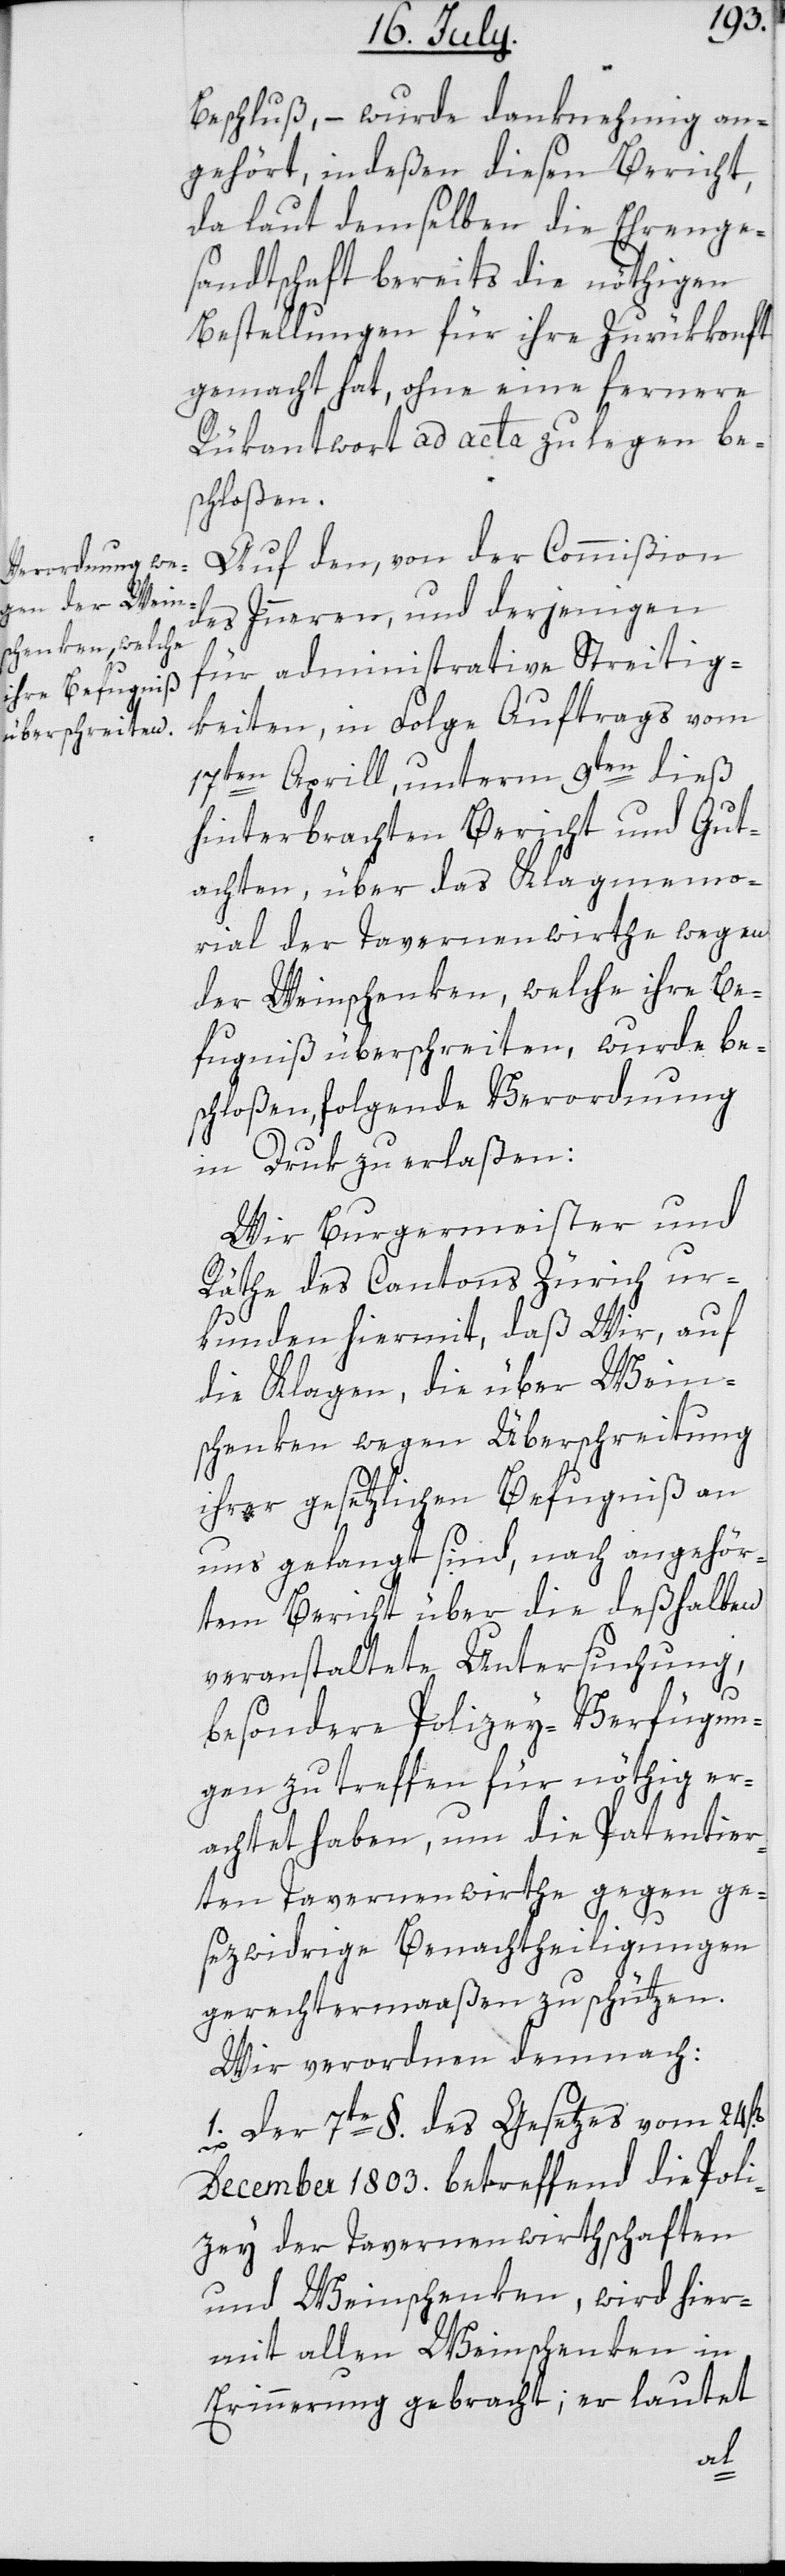
Beschluß, – wurde danknehmig an¬
gehört, indeßen diesen Bericht,
da laut demselben die Ehrenge¬
sandtschaft bereits die nöthigen
Bestellungen für ihre Zurükkonft
gemacht hat, ohne eine fernere
Rükantwort ad acta zu legen be¬
schloßen.
Auf den, von der Commißion
des Innern und derjenigen
für administrative Streitig¬
keiten, in Folge Auftrags vom
17ten Aprill, unterm 9ten dieß
hinterbrachten Bericht und Gut¬
achten, über das Klagmemo¬
rial der Tavernenwirthe wegen
der Weinschenken, welche ihre Be¬
fugniß überschreiten, wurde be¬
schloßen, folgende Verordnung
in Druk zu erlaßen:
Wir Burgermeister und
Räthe des Cantons Zürich ur¬
kunden hiermit, daß Wir, auf
die Klagen die über Wein¬
schenken wegen Überschreitung
ihrer gesetzlichen Befugniß an
uns gelangt sind, nach angehör¬
tem Bericht über die deßhalben
veranstaltete Untersuchung,
besondere Polizey-Verfügun¬
gen zu treffen für nöthig er¬
achtet haben, um die Patentier¬
ten Tavernenwirte gegen ge¬
sezwidrige Benachtheiligungen
gerechtermaaßen zu schützen.
Wir verordnen demnach:
1. Der 7te §. des Gesetzes vom 24s¬
December 1803. betreffend die Poli¬
zey der Tavernenwirthschaften
und Weinschenken, wird hier¬
mit allen Weinschenken in
Erinnerung gebracht; er lautet
t[en]